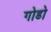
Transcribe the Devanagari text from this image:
गोडो